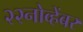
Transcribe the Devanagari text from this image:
२२नोव्हेंबर